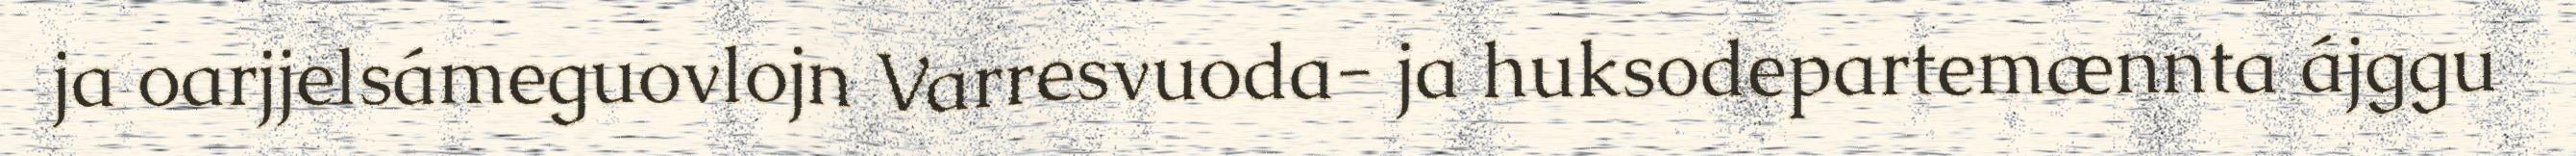
ja oarjjelsámeguovlojn Varresvuoda- ja huksodepartemænnta ájggu